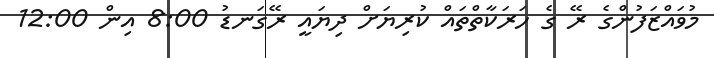
މުވައްޒަފުންގެ ރޭ ގެ ހަރަކާތްތައް ކުރިޔަށް ދިޔައީ ރޭގަނޑު 8:00 އިން 12:00